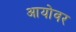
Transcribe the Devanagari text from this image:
आयोवर